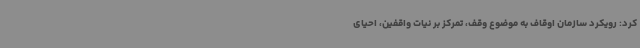
کرد: رویکرد سازمان اوقاف به موضوع وقف، تمرکز بر نیات واقفین، احیای